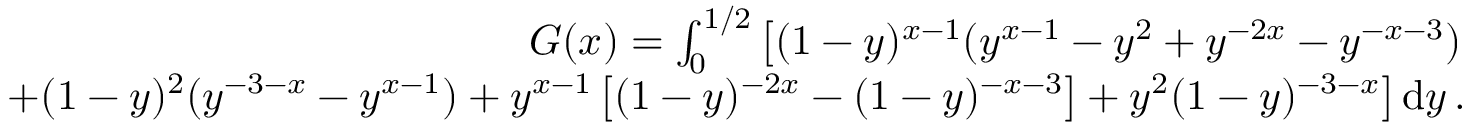
\begin{array} { r l r } & { } & { G ( x ) = \int _ { 0 } ^ { 1 / 2 } \left[ ( 1 - y ) ^ { x - 1 } ( y ^ { x - 1 } - y ^ { 2 } + y ^ { - 2 x } - y ^ { - x - 3 } ) \right. } \\ & { } & { \left. + ( 1 - y ) ^ { 2 } ( y ^ { - 3 - x } - y ^ { x - 1 } ) + y ^ { x - 1 } \left[ ( 1 - y ) ^ { - 2 x } - ( 1 - y ) ^ { - x - 3 } \right] + y ^ { 2 } ( 1 - y ) ^ { - 3 - x } \right] \mathrm { d } y \, . } \end{array}